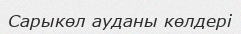
Сарыкөл ауданы көлдері